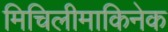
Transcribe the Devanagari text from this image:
मिचिलीमाकिनेक